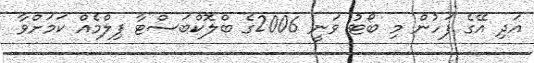
އަދި އޭގެ ފަހުން މި ބޯޓު ވަނީ 2006ގެ ބްލޮކްބަސްޓާ ފިލްމެއް ކަމަށްވާ